Scottish Leaving Certificate Examination, 1956
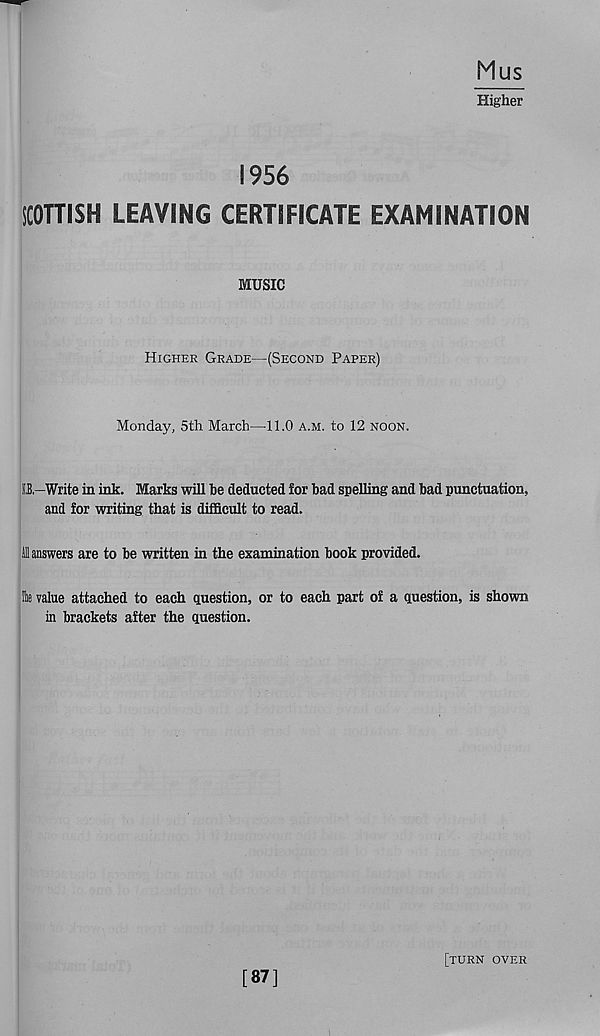
Mus
Higher
1956
SCOTTISH LEAVING CERTIFICATE EXAMINATION
MUSIC
Higher Grade—(Second Paper)
Monday, 5th March—11.0 a.m. to 12 noon.
I,B—Write in ink. Marks will be deducted for bad spelling and bad punctuation,
and for writing that is difficult to read.
i answers are to be written in the examination book provided.
He value attached to each question, or to each part of a question, is shown
in brackets after the question.
[87]
[turn over